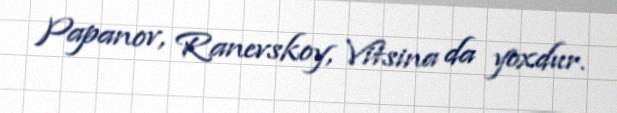
Papanov, Ranevskoy, Vitsina da yoxdur.